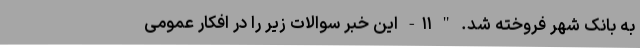
به بانک شهر فروخته شد. " ۱۱- این خبر سوالات زیر را در افکار عمومی